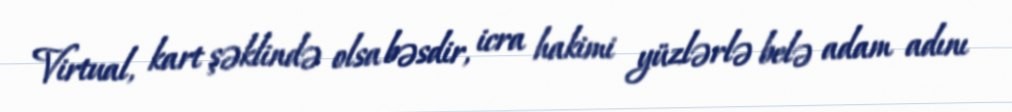
Virtual, kart şəklində olsa bəsdir, icra hakimi yüzlərlə belə adam adını